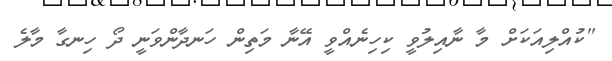
"ކުއްލިއަކަށް މާ ނާއިލުވީ ކިހިނެއްވީ އޭނާ މަތިން ހަނދާންވަނީ ދޯ ހިނގާ މާލެ